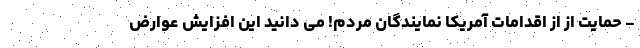
- حمایت از از اقدامات آمریکا نمایندگان مردم! می دانید این افزایش عوارض